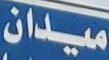
ميدان